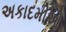
અકાદમીઓ